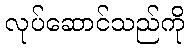
လုပ်ဆောင်သည်ကို